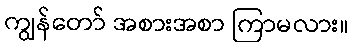
ကျွန်တော် အစားအစာ ကြာမလား။